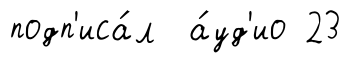
подп'иса́л а́уд'ио 23